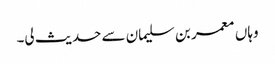
وہاں معمر بن سلیمان سے حدیث لی۔